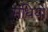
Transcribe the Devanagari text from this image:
संधियो